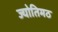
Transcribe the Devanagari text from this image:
ज्योतिमठ